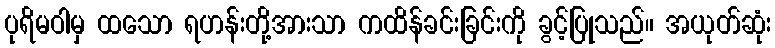
ပုရိမဝါမှ ထသော ရဟန်းတို့အားသာ ကထိန်ခင်းခြင်းကို ခွင့်ပြုသည်။ အယုတ်ဆုံး